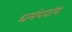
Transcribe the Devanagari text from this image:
धर्मपर्याय